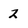
Character: 2